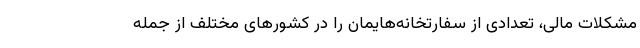
مشکلات مالی، تعدادی از سفارتخانه‌هایمان را در کشورهای مختلف از جمله